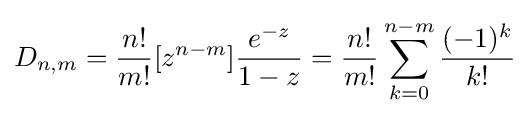
D_{n,m}={\frac {n!}{m!}}[z^{n-m}]{\frac {e^{-z}}{1-z}}={\frac {n!}{m!}}\sum _{k=0}^{n-m}{\frac {(-1)^{k}}{k!}}